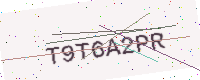
Text: T9T6A2PR